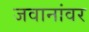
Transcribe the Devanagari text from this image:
जवानांवर